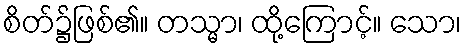
စိတ်၌ဖြစ်၏။ တသ္မာ၊ ထို့ကြောင့်။ သော၊